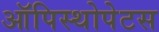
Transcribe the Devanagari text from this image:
ऑपिस्थोपेटस